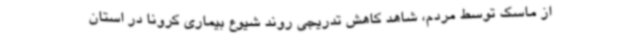
از ماسک توسط مردم، شاهد کاهش تدریجی روند شیوع بیماری کرونا در استان